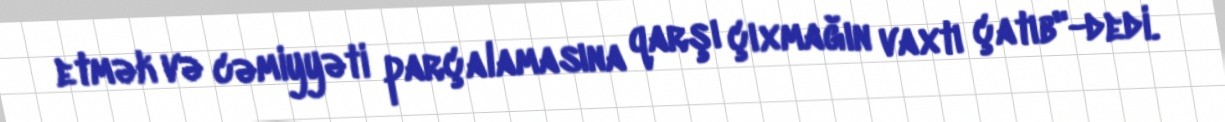
etmək və cəmiyyəti parçalamasına qarşı çıxmağın vaxtı çatıb"-dedi.